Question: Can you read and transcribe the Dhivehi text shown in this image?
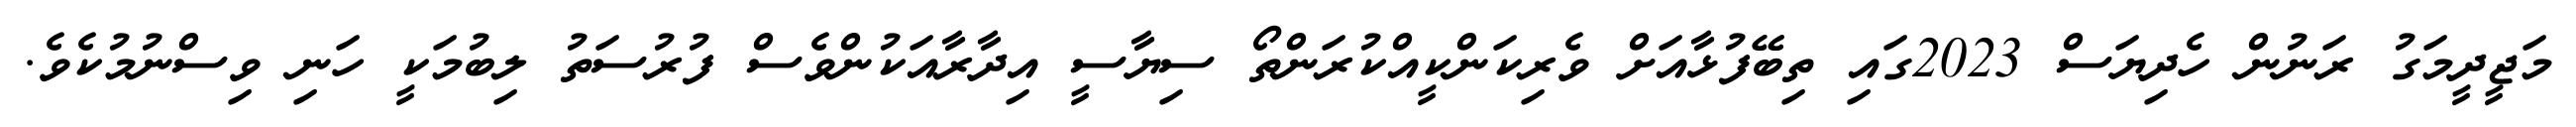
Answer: މަޖީދީމަގު ރަނުން ހެދިޔަސް 2023ގައި ތިބޭފުޅާއަށް ވެރިކަންކީއްކުރަންތޯ ސިޔާސީ އިދާރާއަކުންވެސް ފުރުސަތު ލިބުމަކީ ހަނި ވިސްނުމުކެވެ.